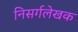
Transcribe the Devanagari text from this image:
निसर्गलेखक